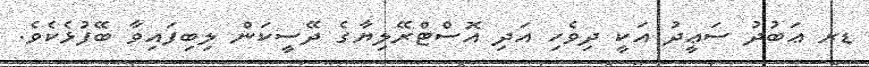
ޑރ ޢަބުދު ސަޢީދު އަކީ ދިވެހި އަދި އޮސްޓްރޭލިޔާގެ ދޭސީކަން ލިބިފައިވާ ބޭފުޅެކެވެ.